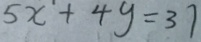
5 x + 4 y = 3 7